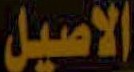
الاصيل